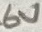
Text: 6V